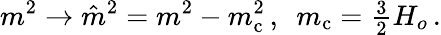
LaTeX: m^{2}\to\hat{m}^{2}=m^{2}-m_{\mathrm{c}}^{2}\, ,~~m_{\mathrm{c}}={\textstyle{\frac{3}{2}}}H_{o}\, .